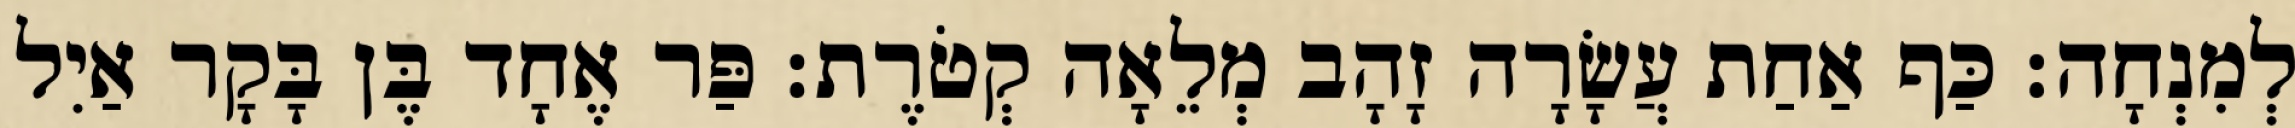
לְמִנְחָה׃ כַּף אַחַת עֲשָׂרָה זָהָב מְלֵאָה קְטֹרֶת׃ פַּר אֶחָד בֶּן בָּקָר אַיִל